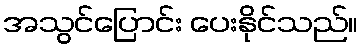
အသွင်ပြောင်း ပေးနိုင်သည်။